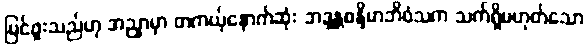
မြင်ဖူးသည်ဟု အညှာမှာ တကယ့်နောက်ဆုံး ဘဒ္ဒန္တစန္ဒိမာဘိဝံသက သက်ရှိမဟုတ်သော